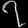
Digit: ၇